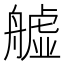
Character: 𦪡